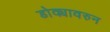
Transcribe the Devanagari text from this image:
डोक्यावरुन